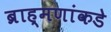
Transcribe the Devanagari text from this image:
ब्राह्मणांकडे